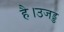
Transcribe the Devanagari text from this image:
है।उजड्ड